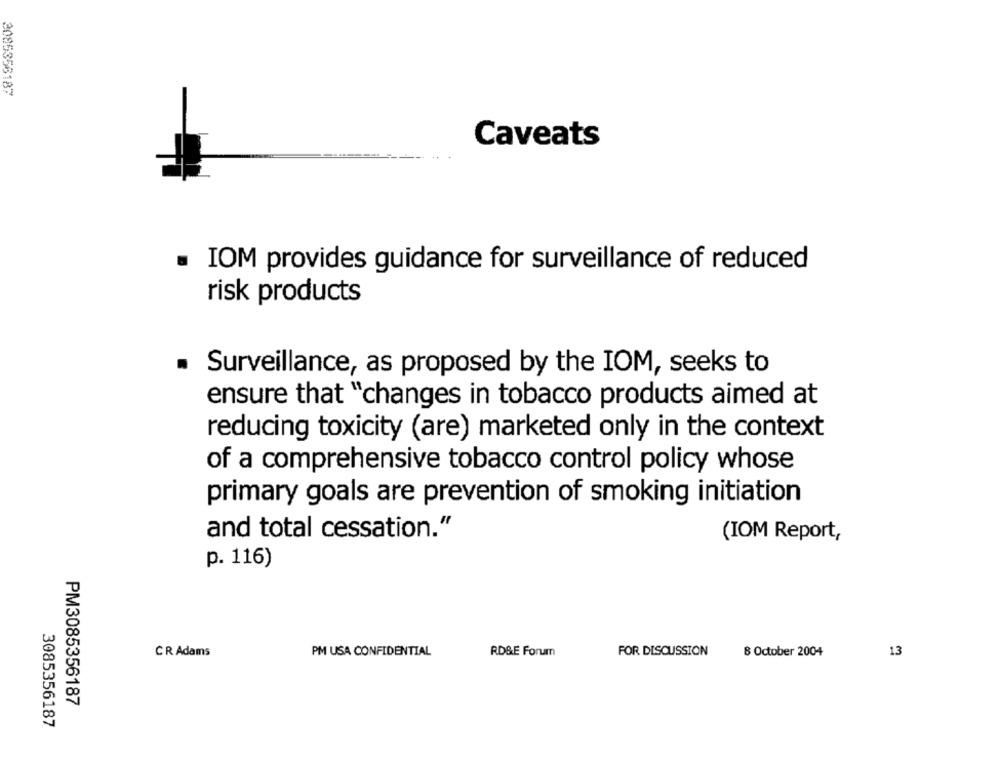
3085358187
Caveats
IOM provides guidance for surveillance of reduced
risk products
Surveillance, as proposed by the IOM, seeks to
ensure that "changes in tobacco products aimed at
reducing toxicity (are) marketed only in the context
of a comprehensive tobacco control policy whose
primary goals are prevention of smoking initiation
and total cessation."
(IOM Report,
p. 116)
CR Adams
PM USA CONFIDENTIAL
RD&E Forum
FOR DISCUSSION
8 October 2004
13
PM3085356187
3085356187